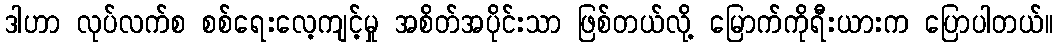
ဒါဟာ လုပ်လက်စ စစ်ရေးလေ့ကျင့်မှု အစိတ်အပိုင်းသာ ဖြစ်တယ်လို့ မြောက်ကိုရီးယားက ပြောပါတယ်။